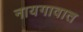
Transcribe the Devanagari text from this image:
नायगावात